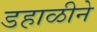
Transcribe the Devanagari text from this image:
डहाळीने